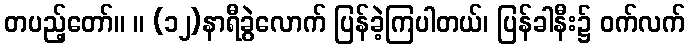
တပည့်တော်။ ။ (၁၂)နာရီခွဲလောက် ပြန်ခဲ့ကြပါတယ်၊ ပြန်ခါနီး၌ ဝက်လက်